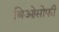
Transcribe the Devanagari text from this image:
थिओसोफी